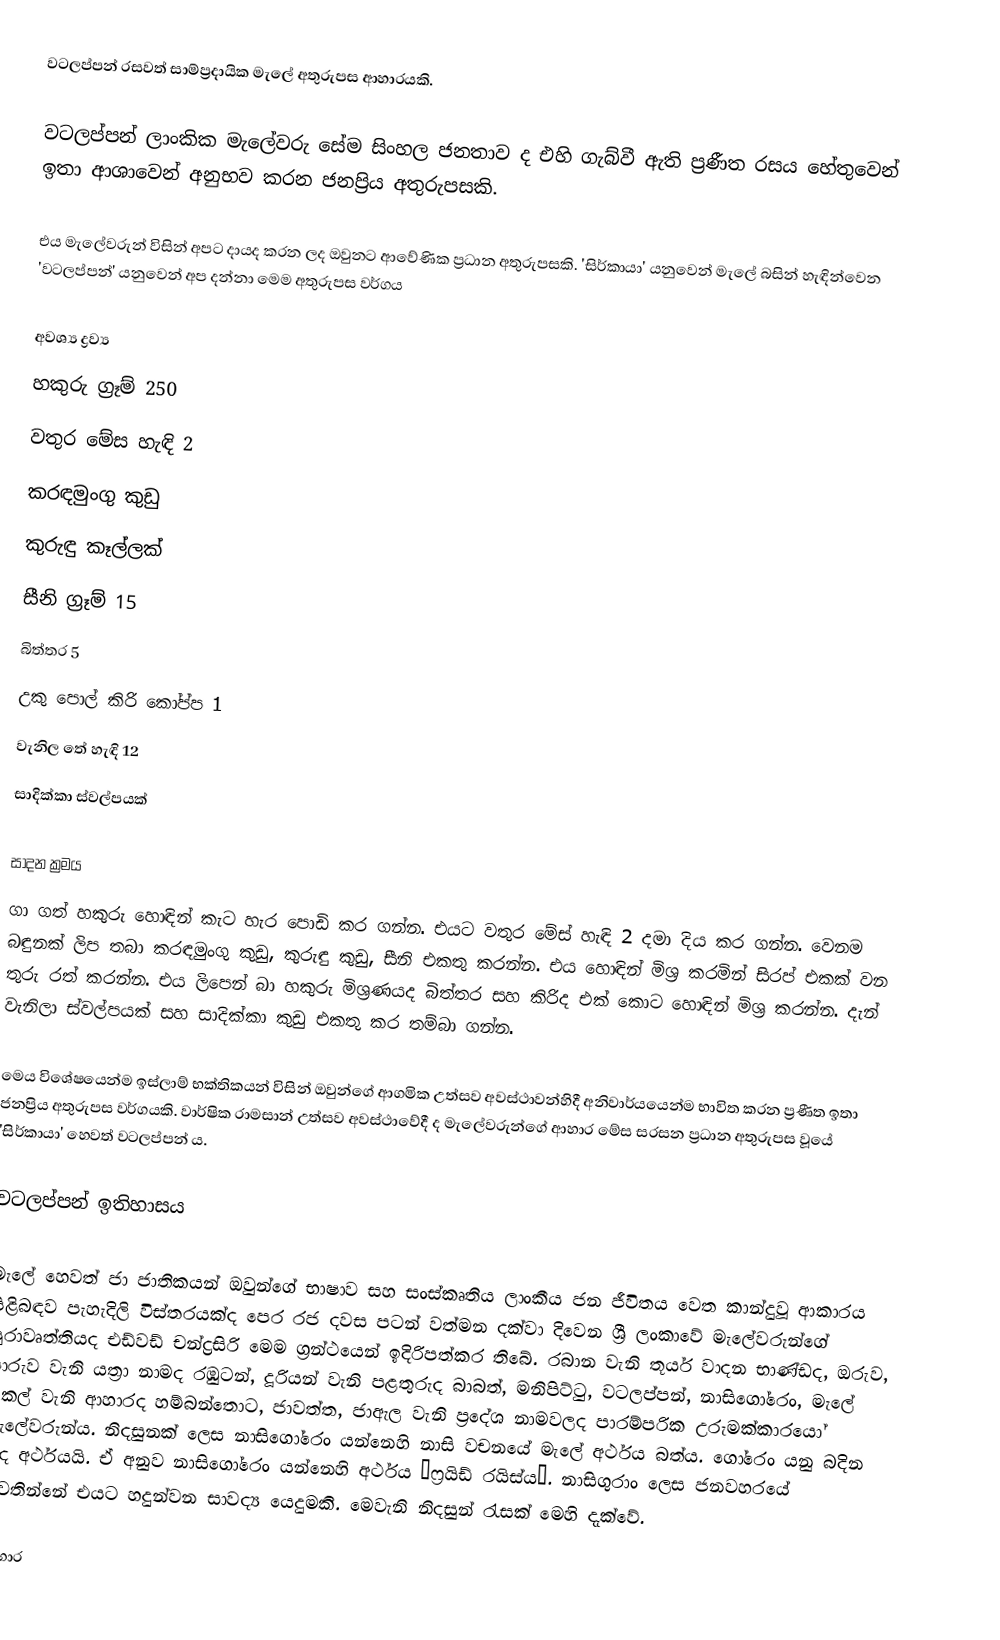
වටලප්පන් රසවත් සාම්ප්‍රදායික  මැලේ අතුරුපස ආහාරයකි.

වටලප්පන් ලාංකික මැලේවරු සේම සිංහල ජනතාව ද එහි ගැබ්වී ඇති ප්‍රණීත රසය හේතුවෙන් ඉතා ආශාවෙන් අනුභව කරන ජනප්‍රිය අතුරුපසකි.

එය මැලේවරුන් විසින් අපට දායද කරන ලද ඔවුනට ආවේණික ප්‍රධාන අතුරුපසකි. 'සිර්කායා' යනුවෙන් මැලේ බසින් හැඳින්වෙන 'වටලප්පන්' යනුවෙන් අප දන්නා මෙම අතුරුපස වර්ගය

අවශ්‍ය ද්‍රව්‍ය
 හකුරු ග්‍රෑම් 250
 වතුර මේස හැඳි 2
 කරඳමුංගු කුඩු
 කුරුඳු කෑල්ලක්
 සීනි ග්‍රෑම් 15
 බිත්තර 5
 උකු පොල් කිරි කෝප්ප 1
 වැනිල තේ හැඳි 12
 සාදික්කා ස්වල්පයක්

සාදන ක්‍රමය
ගා ගත් හකුරු හොඳින් කැට හැර පොඩි කර ගන්න. එයට වතුර මේස් හැඳි 2 දමා දිය කර ගන්න. වෙනම බඳුනක් ලිප තබා කරඳමුංගු කුඩු, කුරුඳු කුඩු, සීනි එකතු කරන්න. එය හොඳින් මිශ්‍ර කරමින් සිරප් එකක් වන තුරු රත් කරන්න. එය ලිපෙන් බා හකුරු මිශ්‍රණයද බිත්තර සහ කිරිද එක් කොට හොඳින් මිශ්‍ර කරන්න. දැන් වැනිලා ස්වල්පයක් සහ සාදික්කා කුඩු එකතු කර තම්බා ගන්න.

මෙය විශේෂයෙන්ම ඉස්‌ලාම් භක්‌තිකයන් විසින් ඔවුන්ගේ ආගමික උත්සව අවස්‌ථාවන්හිදී අනිවාර්යයෙන්ම භාවිත කරන ප්‍රණීත ඉතා ජනප්‍රිය අතුරුපස වර්ගයකි. වාර්ෂික රාමසාන් උත්සව අවස්‌ථාවේදී ද මැලේවරුන්ගේ ආහාර මේස සරසන ප්‍රධාන අතුරුපස වූයේ 'සිර්කායා' හෙවත් වටලප්පන් ය.

වටලප්පන් ඉතිහාසය

මැලේ හෙවත් ජා ජාතිකයන් ඔවුන්ගේ භාෂාව සහ සංස්කෘතිය ලාංකීය ජන ජීවිතය වෙත කාන්දුවූ ආකාරය පිළිබඳව පැහැදිලි විස්තරයක්ද පෙර රජ දවස පටන් වත්මන දක්වා දිවෙන ශ්‍රී ලංකාවේ මැලේවරුන්ගේ පුරාවෘත්තියද එඩ්වඩ් චන්ද්‍රසිරි මෙම ග්‍රන්ථයෙන් ඉදිරිපත්කර තිබේ. රබාන වැනි තූර්ය වාදන භාණ්ඩද, ඔරුව, පාරුව වැනි යත්‍රා නාමද රඹුටන්, දූරියන් වැනි පළතුරුද බාබත්, මනිපිට්ටු, වටලප්පන්, නාසිගෝරෙං, මැලේ පිකල් වැනි ආහාරද හම්බන්තොට, ජාවත්ත, ජාඇල වැනි ප්‍රදේශ නාමවලද පාරම්පරික උරුමක්කාරයෝ මැලේවරුන්ය. නිදසුනක් ලෙස නාසිගෝරෙං යන්නෙහි නාසි වචනයේ මැලේ අර්ථය බත්ය. ගෝරෙං යනු බදින ලද අර්ථයයි. ඒ අනුව නාසිගෝරෙං යන්නෙහි අර්ථය ‘ෆ්‍රයිඩ් රයිස්ය’. නාසිගුරාං ලෙස ජනවහරයේ පවතින්නේ එයට හදුන්වන සාවද්‍ය යෙදුමකි. මෙවැනි නිදසුන් රැසක් මෙහි දැක්වේ.

ආහාර